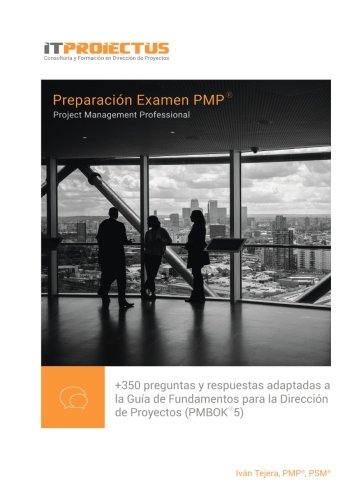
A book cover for PreparaciÃ³n examen PMP (Project Management Professional) (Spanish Edition); IvÃ¡n Samuel Tejera Santana; Test Preparation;